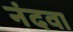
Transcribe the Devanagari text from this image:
नंदवा